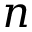
n